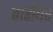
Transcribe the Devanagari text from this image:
बारीघर